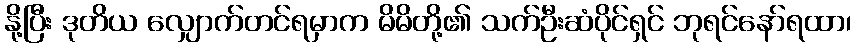
နို့ပြီး ဒုတိယ လျှောက်တင်ရမှာက မိမိတို့၏ သက်ဦးဆံပိုင်ရှင် ဘုရင်နော်ရထာ၊